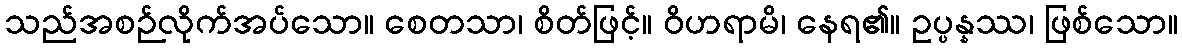
သည်အစဉ်လိုက်အပ်သော။ စေတသာ၊ စိတ်ဖြင့်။ ဝိဟရာမိ၊ နေရ၏။ ဥပ္ပန္နဿ၊ ဖြစ်သော။